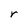
Character: r